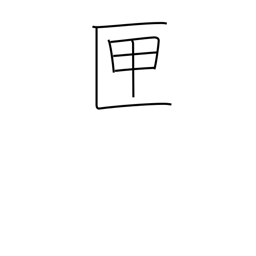
Meaning: box